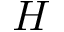
H